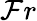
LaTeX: \mathcal{F}r